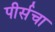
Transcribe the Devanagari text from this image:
पीर्सचा